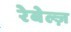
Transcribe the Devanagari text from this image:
रेबेल्ज़